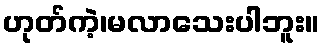
ဟုတ်ကဲ့၊မလာသေးပါဘူး။